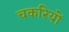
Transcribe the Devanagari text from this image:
चकरियों